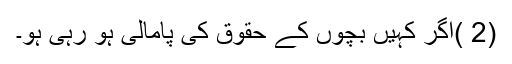
(2 )اگر کہیں بچوں کے حقوق کی پامالی ہو رہی ہو۔